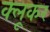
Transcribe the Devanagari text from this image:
क्लूकर